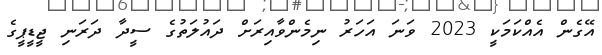
އޭގެން އެއްކަމަކީ 2023 ވަނަ އަހަރު ނިމެންވާއިރަށް ދައުލަތުގެ ސީދާ ދަރަނި ޖީޑީޕީގެ